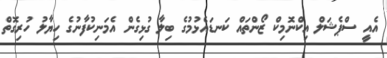
އެއީ ސްޕެޝަލް އިކްނޮމިކް ޒޯންތައް ކަނޑައެޅުމުގެ ބިލާ ގުޅިގެން އެމަނިކުފާނުގެ ހިޔާލު ހުރިގޮތް